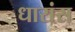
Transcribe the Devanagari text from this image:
धारांस